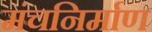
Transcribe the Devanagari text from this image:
मंचनिर्माण